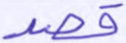
قصد